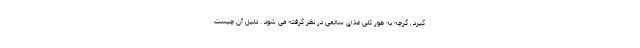
گیرد , گرچه به طور کلی غذای سالمی در نظر گرفته می شود . دلیل آن چیست